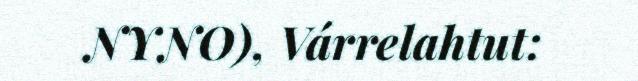
NYNO), Várrelahtut: